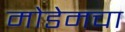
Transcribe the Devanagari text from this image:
मोडेमचा